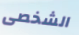
الشخصى